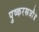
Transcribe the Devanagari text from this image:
पुष्करस्रजौ॥